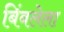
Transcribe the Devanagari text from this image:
बिंबलेला